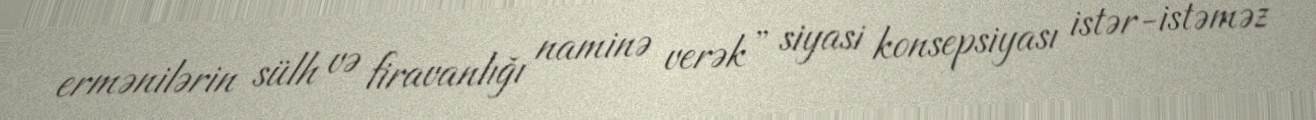
ermənilərin sülh və firavanlığı naminə verək” siyasi konsepsiyası istər-istəməz